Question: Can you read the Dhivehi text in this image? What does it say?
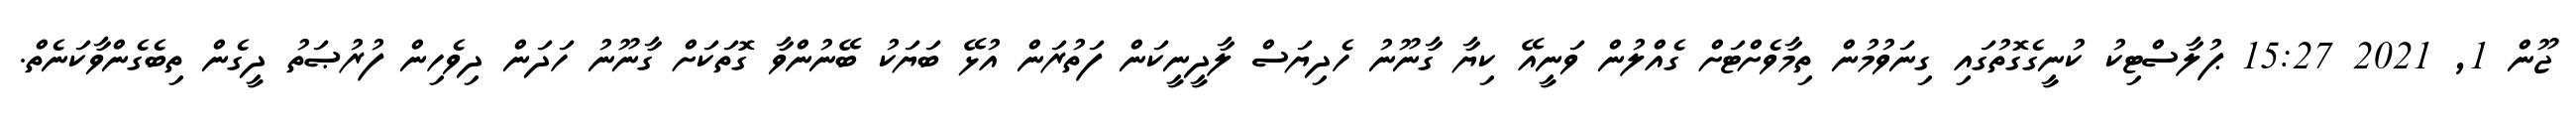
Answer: ޖޫން 1, 2021 15:27 ޕުލާސްޓިކު ކުނީގެގޮތުގައި ގިނަވުމުން ތިމާވެށްޓަށް ގެއްލުން ވަނީއޭ ކިޔާ ގާނޫނު ހެދިޔަސް ލާދީނީކަން ފަތުރަން އުޅޭ ބަޔަކު ބޭނުންވާ ގޮތަކަށް ގާނޫނު ހަދަން ދިވެހިން ފުރުޞަތު ދީގެން ތިބެގެންވާކަނެތް.